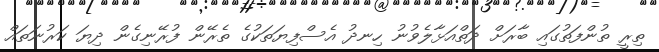
ތިރީ ތުންފަތުގައި ބާރަށް ދަތްއަޅާލެވުނު ހިނދު އެސްފިޔަތަކުގެ ތެރޭން ފުރޭނިގެން ދިޔަ ކަރުނަތައް